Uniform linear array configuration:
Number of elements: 8
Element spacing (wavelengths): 0.75
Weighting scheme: cosine
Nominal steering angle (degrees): -45
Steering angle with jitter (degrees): -46.679
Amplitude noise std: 0.05
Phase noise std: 0.05

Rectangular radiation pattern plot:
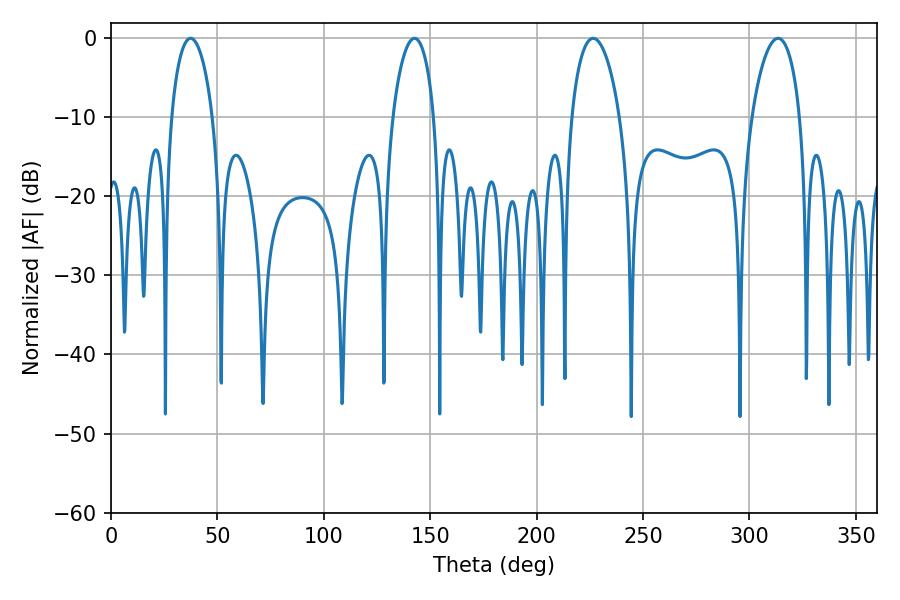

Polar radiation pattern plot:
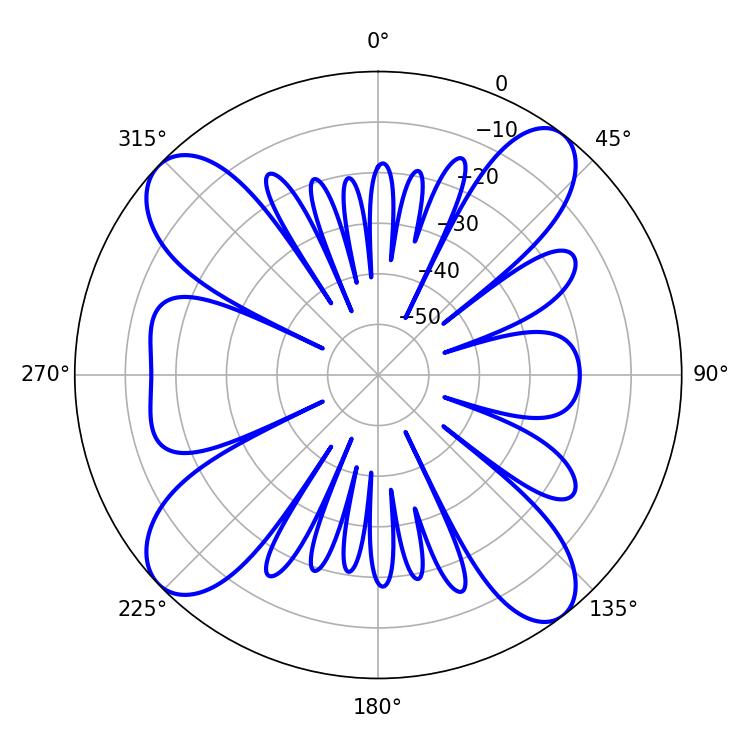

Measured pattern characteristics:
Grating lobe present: TRUE
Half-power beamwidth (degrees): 11.16
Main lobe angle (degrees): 142.56